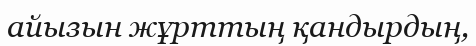
айызын жұрттың қандырдың,